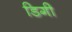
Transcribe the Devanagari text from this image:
डिगी